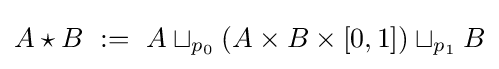
A\star B\ :=\ A\sqcup _{p_{0}}(A\times B\times [0,1])\sqcup _{p_{1}}B